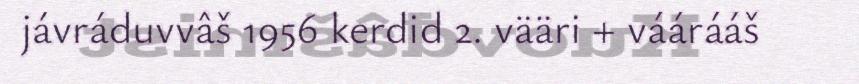
jávráduvvâš 1956 kerdid 2. vääri + váárááš